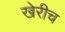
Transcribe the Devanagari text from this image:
खेरीच